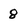
Character: 8